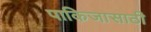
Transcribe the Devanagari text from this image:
पाकिजासाठी